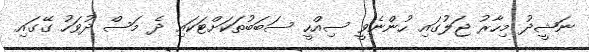
ނަޝީދު މިހާރު ޖަލުގައި ހުންނެވީ ސިއްހީ ސަބަބުތަކަށްޓަކައި ދެ މަސް ދުވަހު ގޭގައި